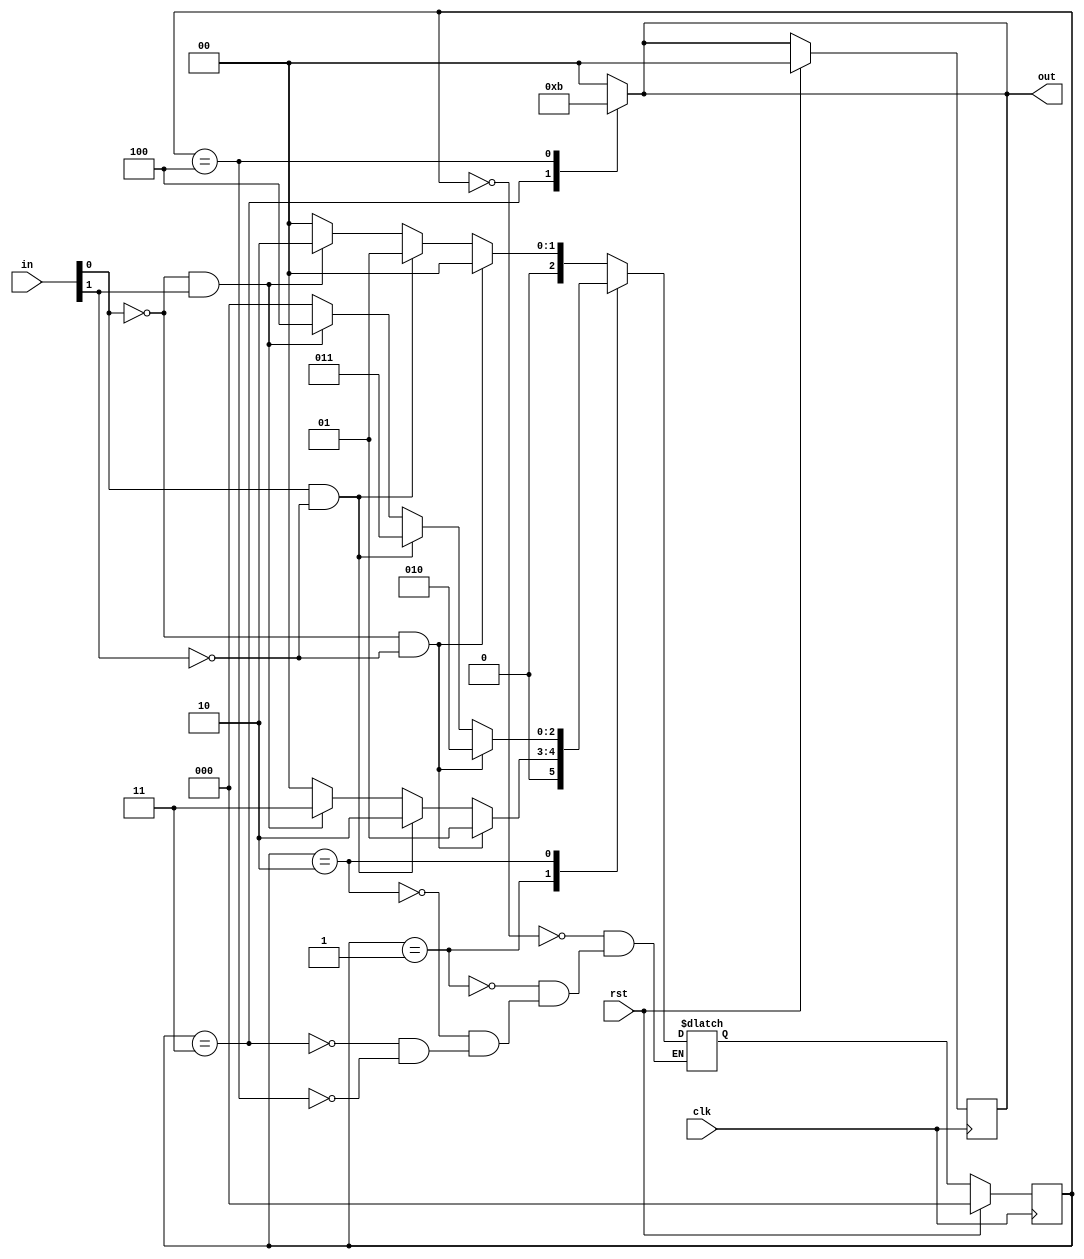
`timescale 1ns / 1ps
       
module synrevem(
    input wire clk,
    input wire rst,     //synchronous active-high reset
    input wire [1:0]in,
    output reg [1:0]out
    );
    reg [2:0]cur_state,next_state;
    parameter s0=3'b000,s1=3'b001,s2=3'b010,s3=3'b011,s4=3'b100;
    always@(posedge clk)
    if(rst)
       begin
       cur_state<=s0;
       out<=2'b00;
       end
    else
       cur_state<=next_state;
     
    always@(cur_state)
    case(cur_state)
    s0:out=2'b00;
    s1:out=2'b00;
    s2:out=2'b00;
    s3:out=2'b10;
    s4:out=2'b11;
    default:out=2'b00;
    endcase
  always@(cur_state,in[0],in[1])
    case(cur_state)
    s0:begin
       if((in[0]==0)&&(in[1]==0))
         next_state<=s0;
       else if((in[0]==1)&&(in[1]==0))
         next_state<=s1;
       else if((in[0]==0)&&(in[1]==1))
         next_state<=s2;
       else next_state<=s0;
       end 
    s1:begin
       if((in[0]==0)&&(in[1]==0))
         next_state<=s1;
       else if((in[0]==1)&&(in[1]==0))
         next_state<=s2;
       else if((in[0]==0)&&(in[1]==1))
         next_state<=s3;
       else next_state<=s0;
       end
    s2:begin
       if((in[0]==0)&&(in[1]==0))
         next_state<=s2;
       else if((in[0]==1)&&(in[1]==0))
         next_state<=s3;
       else if((in[0]==0)&&(in[1]==1))
         next_state<=s4;
       else next_state<=s0;
       end   
    s3:begin
       if((in[0]==0)&&(in[1]==0))
         next_state<=s0;
       else if((in[0]==1)&&(in[1]==0))
         next_state<=s1;
       else if((in[0]==0)&&(in[1]==1))
         next_state<=s2;
       else next_state<=s0;
       end   
    s4:begin
       if((in[0]==0)&&(in[1]==0))
         next_state<=s0;
       else if((in[0]==1)&&(in[1]==0))
         next_state<=s1;
       else if((in[0]==0)&&(in[1]==1))
         next_state<=s2;
       else next_state<=s0;
       end      
    endcase
endmodule